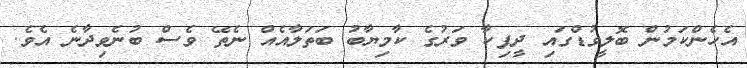
އެހެންކަމުން ބޮލީވުޑްގައި ދީޕިކާ ވަރުގެ ކާމިޔާބު ބަތަލާއެއް ނެތޭ ވެސް ބުނެވިދާނެ އެވެ.